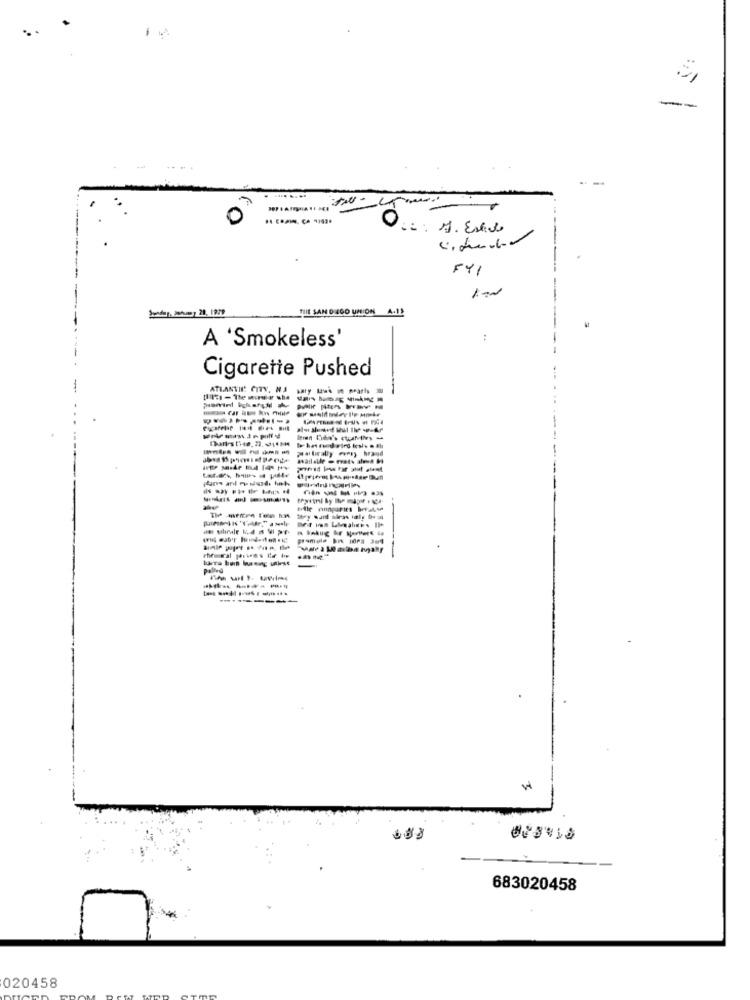
-
--
0
F41
Sendet. Dahuey 21, 1979
TILE SAN DIEGO UNION A.12
A 'Smokeless'
:
Cigarette Pushed
ATLANTIC CITY, NA
promote Bw idea 394
---------
683020458
020458